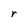
Character: r